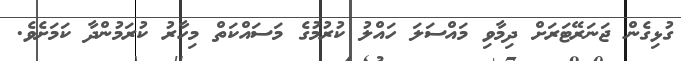
ގުޅިގެން ޖަނަރޭޓަރަށް ދިމާވި މައްސަލަ ހައްލު ކުރުމުގެ މަސައްކަތް މިހާރު ކުރަމުންދާ ކަމަށެވެ.